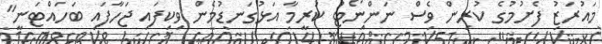
މައުރަޒު ފެށުމުގެ ކުރިން ވެސް ނަންނޯޓު ކުރީމާ އަޅުގަނޑުމެން ވިކިފައި ޖަހާފައި ބަހައްޓަނީ"